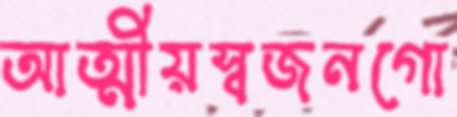
আত্মীয়স্বজনগো